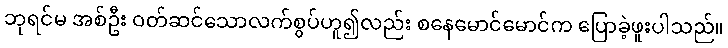
ဘုရင်မ အစ်ဦး ဝတ်ဆင်သောလက်စွပ်ဟူ၍လည်း စနေမောင်မောင်က ပြောခဲ့ဖူးပါသည်။